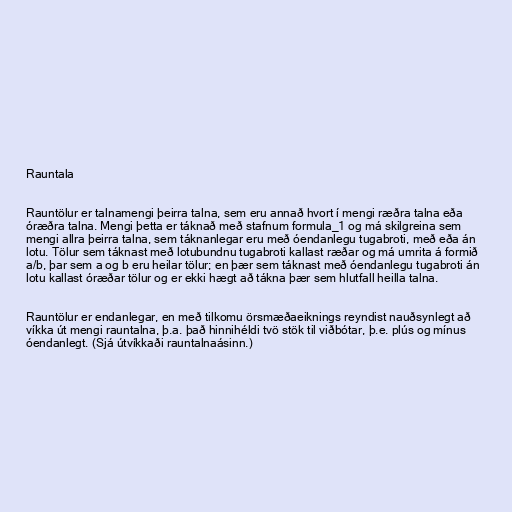
Rauntala

Rauntölur er talnamengi þeirra talna, sem eru annað hvort í mengi ræðra talna eða
óræðra talna. Mengi þetta er táknað með stafnum formula_1 og má skilgreina sem
mengi allra þeirra talna, sem táknanlegar eru með óendanlegu tugabroti, með eða án
lotu. Tölur sem táknast með lotubundnu tugabroti kallast ræðar og má umrita á formið
a/b, þar sem a og b eru heilar tölur; en þær sem táknast með óendanlegu tugabroti án
lotu kallast óræðar tölur og er ekki hægt að tákna þær sem hlutfall heilla talna.

Rauntölur er endanlegar, en með tilkomu örsmæðaeiknings reyndist nauðsynlegt að
víkka út mengi rauntalna, þ.a. það hinnihéldi tvö stök til viðbótar, þ.e. plús og mínus
óendanlegt. (Sjá útvíkkaði rauntalnaásinn.)